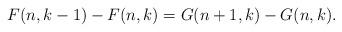
LaTeX: \begin{align*}F(n,k-1)-F(n,k)=G(n+1,k)-G(n,k). \end{align*}